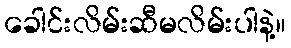
ခေါင်းလိမ်းဆီမလိမ်းပါနဲ့။